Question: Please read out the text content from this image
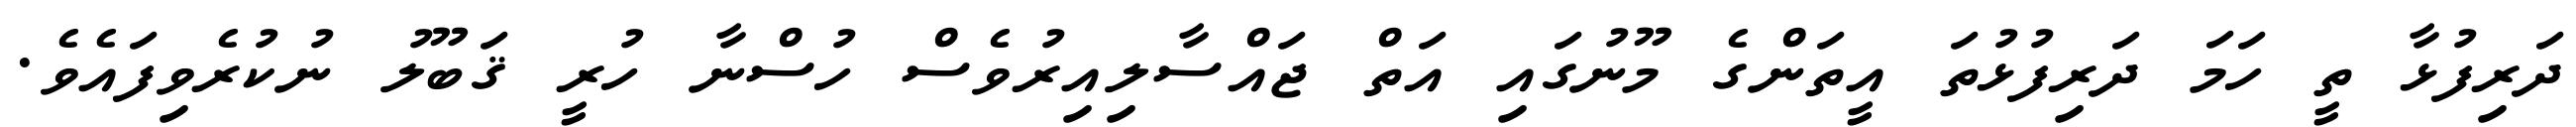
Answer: ދަރިފުޅާ ތީ ހަމަ ދަރިފުޅުތަ އީތަންގެ މޫނުގައި އަތް ޖައްސާލިއިރުވެސް ހުސްނާ ހުރީ ޤަބޫލު ނުކުރެވިފައެވެ.